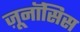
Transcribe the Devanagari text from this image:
ज़ूनॉसिस